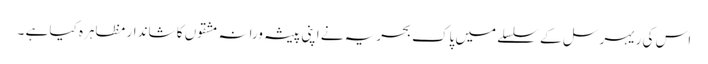
اس کی ریہرسل کے سلسلے میں پاک بحریہ نے اپنی پیشہ ورانہ مشقوں کا شاندار مظاہرہ کیا ہے ۔